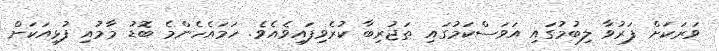
ވަރަކަށް ފަރުވާ ލިބުމުގައި އަވަސްކަމުގައި ތަޖުރިބާ ކުރެވިފައިވެއެވެ. ހަމައެހެންމެ ބޮޑު މާމުއި ފުޅިއަކަށް